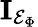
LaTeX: \mathbf{I}_{\mathcal{E}_{\Phi}}